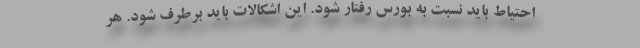
احتیاط باید نسبت به بورس رفتار شود. این اشکالات باید برطرف شود. هر